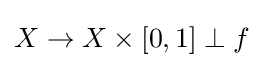
X\to X\times [0,1]\perp f